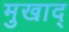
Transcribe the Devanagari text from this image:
मुखाद्